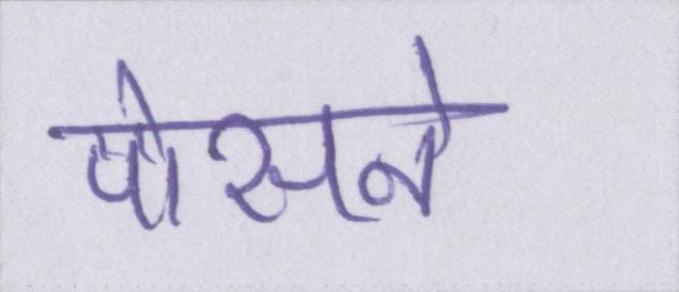
पोसने